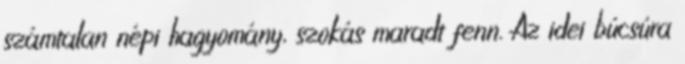
számtalan népi hagyomány, szokás maradt fenn. Az idei búcsúra